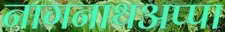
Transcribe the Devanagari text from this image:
नागनाथअप्पा